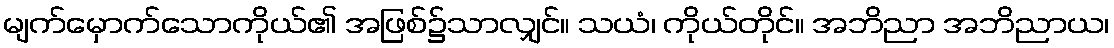
မျက်မှောက်သောကိုယ်၏ အဖြစ်၌သာလျှင်။ သယံ၊ ကိုယ်တိုင်။ အဘိညာ အဘိညာယ၊